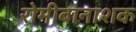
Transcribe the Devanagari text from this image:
रोमीबानाशक